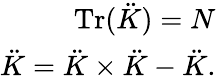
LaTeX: \begin{array}{r}{\mathrm{Tr}(\ddot{K})=N}\\ {\ddot{K}=\ddot{K}\times\ddot{K}-\ddot{K}.}\end{array}